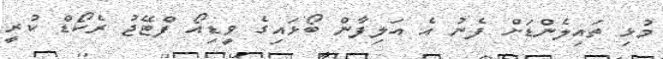
މުޅި ތައިލެންޑަށް ފެނު އެ އަލިފާން ބޯޅައިގެ ވީޑިއޯ ފްޓޭޖު ރެކޯޑް ކުރީ